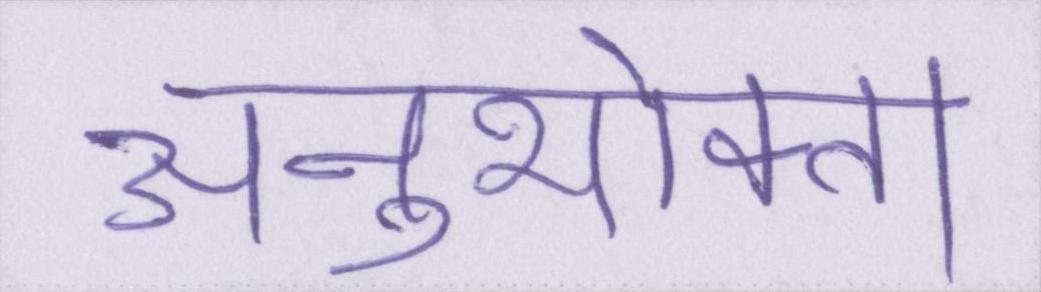
अनुभोक्ता